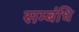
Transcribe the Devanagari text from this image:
सम्बंधि